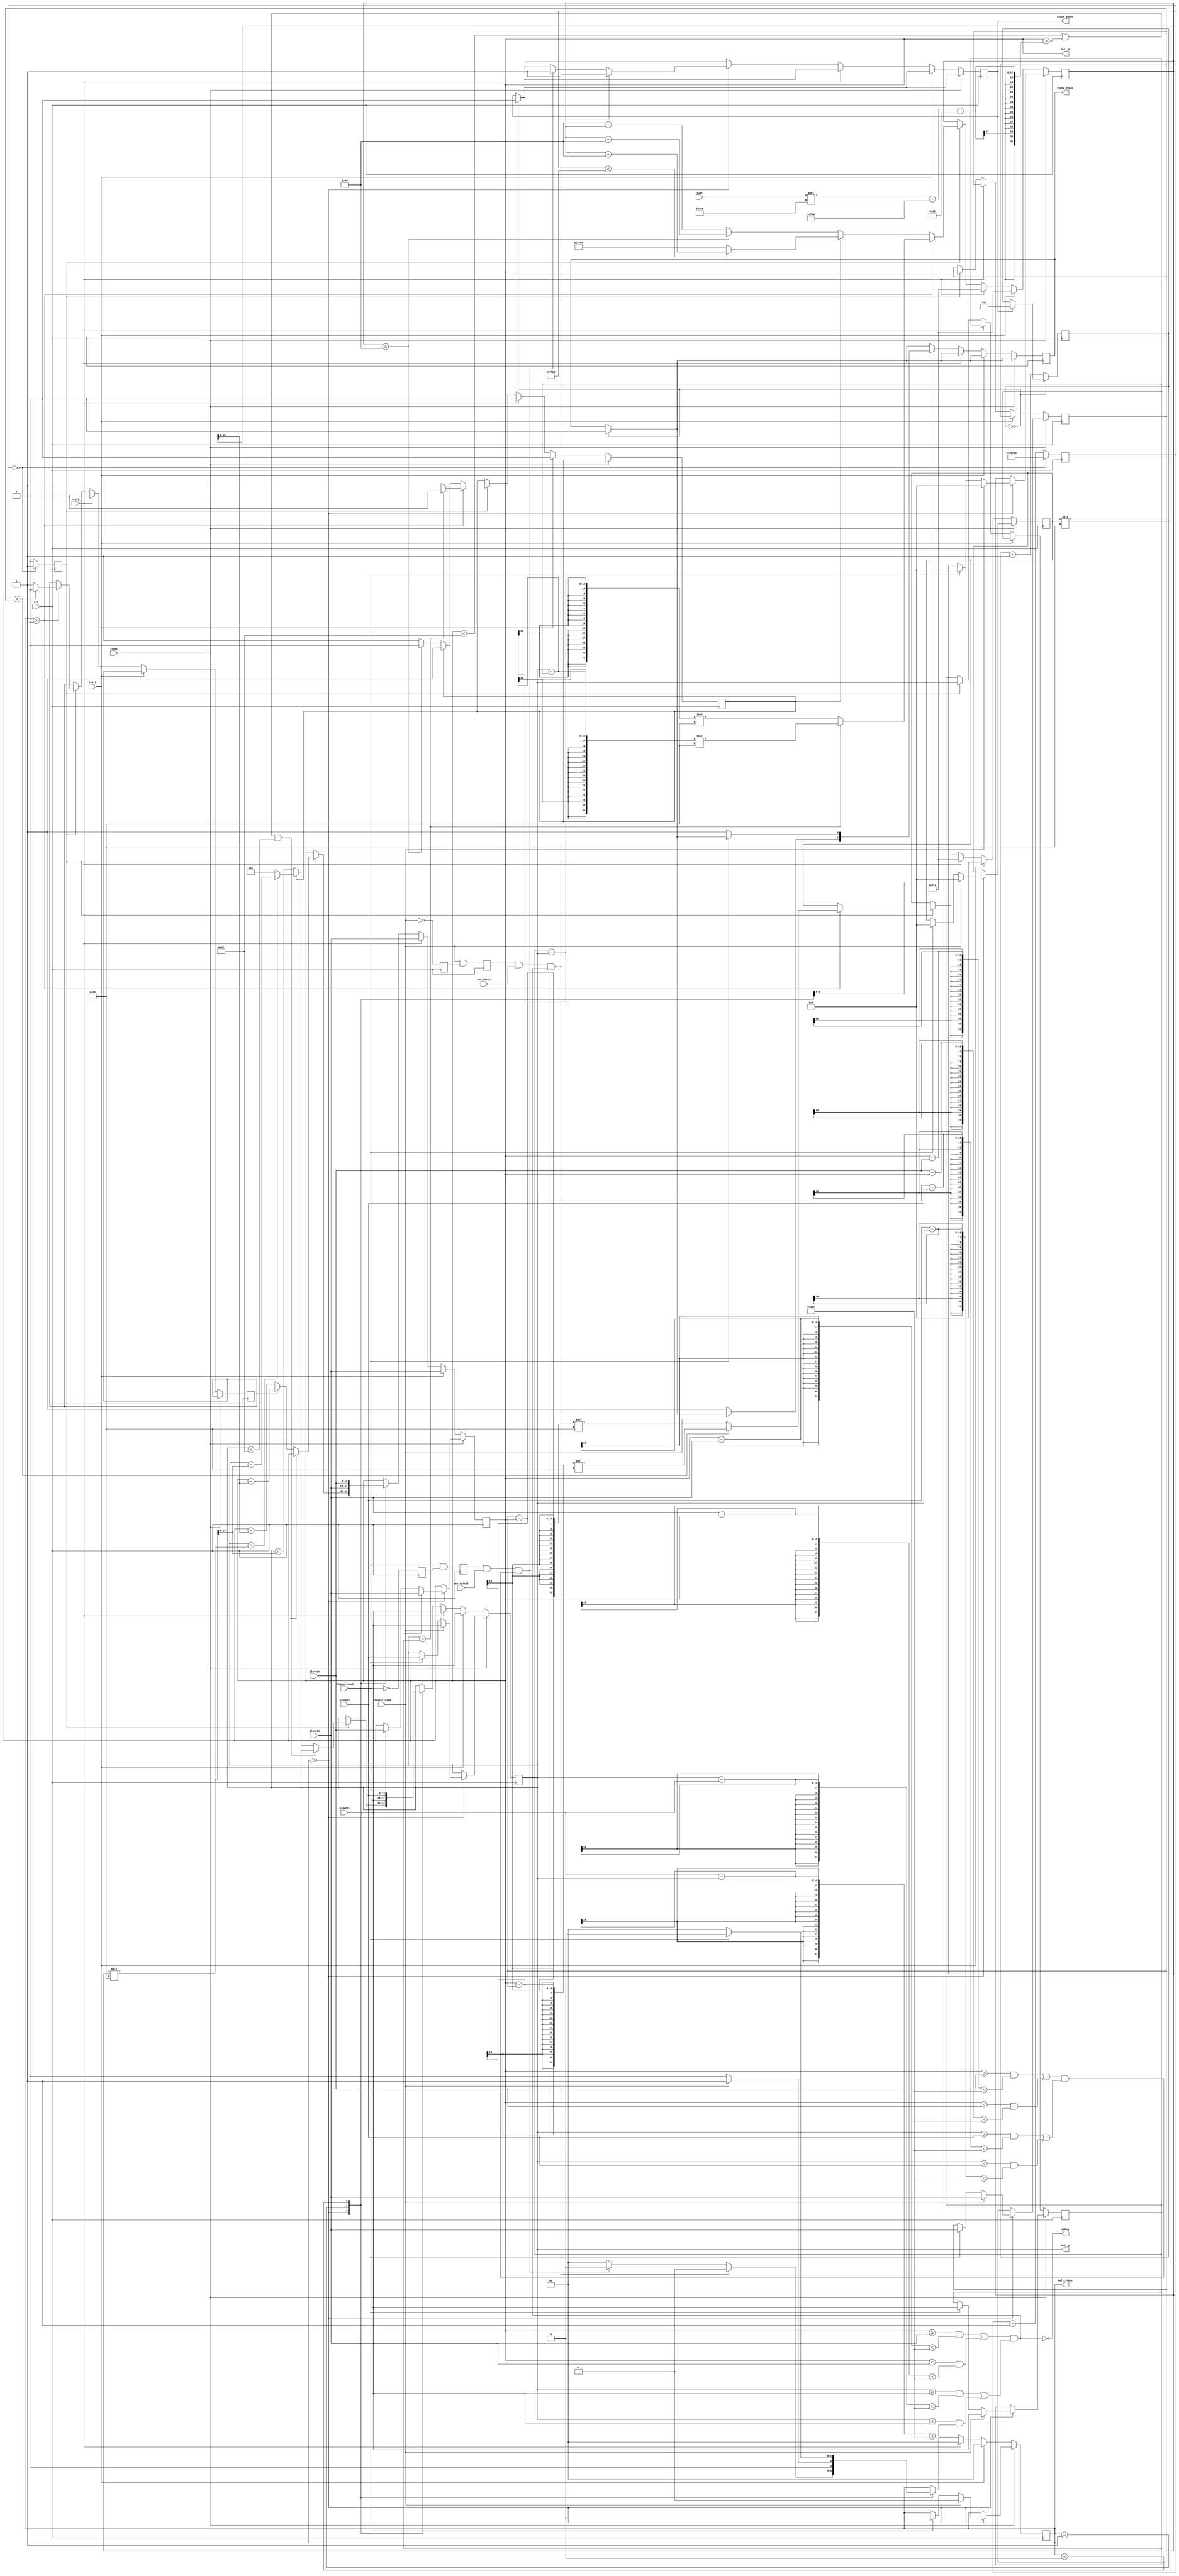
`timescale 1ns / 1ps
//////////////////////////////////////////////////////////////////////////////////
// Company: 
// Engineer: 
// 
// Design Name: 
// Module Name:    ballSM 
// Project Name: 
// Target Devices: 
// Tool versions: 
// Description: 
//
// Dependencies: 
//
// Revision: 
// Revision 0.01 - File Created
// Additional Comments: 
//
//////////////////////////////////////////////////////////////////////////////////
module ballSM(
    input clk,
    input reset,
    input[15:0] glove1x,
    input[15:0] glove1y,
    input[15:0] glove2x,
    input[15:0] glove2y,
    input glove1closed,
    input glove2closed,
	 input can_catch1,
	 input can_catch2,
	 input test0,
	 input test1,
	 input[5:0] dist,
	 output debug,
	 output reg catch_event,
	 output reg throw_event,
    output reg[1:0] ball_state,//0 if ball is in the air,
									 //1 if held by glove1, 2 if held by glove2
    output reg[15:0] ball_x,
	 output reg[15:0] ball_y
    );
	 
	 
	 
	 parameter updatesPerSec = 128;
	 parameter tolerance = 300; //within how many mms a catch can be made
	 parameter ballRadius = 50;
	 
	 //All distances in the inputs and outputs are in millimeters
	 
	 //Ball's velocity in millimeters/second
	 reg [15:0] ballvelx;
	 reg [15:0] ballvely;
	 reg ballvelxdir;//0 means right (positive x vel)
	 reg ballvelydir;//0 means up (positive y vel)
	 
	 
	 //This signal dictates when velocity and position are updated
	 reg update;
	 reg[18:0] update_counter;
	 
	 //These variables keep track of past positions of the ball to determine
	//	 its velocity
	 reg[15:0] pastposx;
	 reg[15:0] pastposy;
	 
	 //These keep track of whether the glove has recently been opened
	 reg glove1opened;
	 reg glove2opened;
	 reg glove1edge;
	 reg glove2edge;
	 
	 //These keep track of whether the ball is close enough to a glove to get caught
	 wire closeToGlove1;
	 wire closeToGlove2;
	 
	 
	 wire[15:0] mmdist;
	 
	 
	 //This keeps track of whether the ball is touching the floor or a wall
	 wire ballAtEdge; 
	 
		assign debug = ~closeToGlove1;
		assign mmdist = {10'b0,dist}*1000;
		 assign closeToGlove1 = 
			((ball_x >= glove1x && ball_x - glove1x < tolerance)
			|| (ball_x < glove1x && glove1x - ball_x < tolerance)) &&
			((ball_y >= glove1y && ball_y - glove1y < tolerance)
			|| (ball_y < glove1y && glove1y - ball_y < tolerance));
		 assign closeToGlove2 =
			((ball_x >= glove2x && ball_x - glove2x < tolerance)
			|| (ball_x < glove2x && glove2x - ball_x < tolerance)) &&
			((ball_y >= glove2y && ball_y - glove2y < tolerance)
			|| (ball_y < glove2y && glove2y - ball_y < tolerance));
		 assign ballAtEdge =
			(ball_x < ballRadius + 5) || (ball_x > mmdist + 4000 - ballRadius)
			|| (ball_y < ballRadius + 5);


		reg[3:0] trig_counter;
	 
	 always @(posedge clk) begin
		if (catch_event) trig_counter <= 3;
		//if (throw_event) trig_counter <= 3;
		if (trig_counter == 0) begin
			catch_event <= 0;
			throw_event <= 0;
		end else trig_counter <= trig_counter - 1;
		glove1opened <= ~glove1closed;
		glove2opened <= ~glove2closed;
		glove1edge <= glove1closed && glove1opened;
		glove2edge <= glove2closed && glove2opened;
		if (update_counter == 0) begin
			update <= 1;
			update_counter <= 507811;//128Hz must be same as updatesPerSec
		end else begin
			update <= 0;
			update_counter <= update_counter - 1;
		end
		//if reset is asserted and the ball is in the air, it appears
		//in one of the gloves if either of them is closed
		if (reset) begin
			if (ball_state == 0) begin
				if (glove1closed) begin
					ball_state <= 1;
					ball_x <= glove1x;
					pastposx <= glove1x;
					ball_y <= glove1y;
					pastposy <= glove1y;
					ballvelx <= 0;
					ballvely <= 0;
				end else if (glove2closed) begin
					ball_state <= 2;
					ball_x <= glove2x;
					pastposx <= glove1x;
					ball_y <= glove2y;
					pastposy <= glove1y;
					ballvelx <= 0;
					ballvely <= 0;
				end
			end
		end else if (test0) begin
			ball_state <= 0;
			ball_x <= glove1x;
			ball_y <= glove1y;
			ballvelx <= 0;
			ballvely <= 4000;
			ballvelydir <= 0;
		end else if (test1) begin
			ball_state <= 0;
			ball_x <= glove1x;
			ball_y <= glove1y;
			ballvelx <= 4000;
			ballvely <= 4000;
			ballvelxdir <= 0;
			ballvelydir <= 0;
		end else begin
			if (update) begin
				pastposx <= ball_x;
				pastposy <= ball_y;
				if (ball_state > 0) begin
					if (ball_x > pastposx)begin
						ballvelx <= (ball_x - pastposx)*updatesPerSec;
						ballvelxdir <= 0;
					end else begin
						ballvelx <= (pastposx - ball_x)*updatesPerSec;
						ballvelxdir <= 1;
					end
					if (ball_y > pastposy)begin
						ballvely <= (ball_y - pastposy)*updatesPerSec;
						ballvelydir <= 0;
					end else begin
						ballvely <= (pastposy - ball_y)*updatesPerSec;
						ballvelydir <= 1;
					end
				end else begin
					ballvelx <= ballvelx; //no air resistance
					if (ballvelydir == 0) begin
					//77 = g*DeltaT = 9806 mm/s^2 * (1/128 s)
						if (ballvely >= 77) ballvely <= ballvely - 77;
						else begin
							ballvelydir <= 1;
							ballvely <= 77 - ballvely;
						end
					end else begin
						if (ballvely <= 16'hFFFF - 16'd77) ballvely <= ballvely + 77;
						else ballvely <= 16'hFFFF;
					end
				end
			end
			case (ball_state)
				0: 
				begin
					if (update) begin
						if (ballAtEdge) begin
							ball_x <= ball_x;
							ball_y <= ball_y;
						end else begin
						//DeltaX = v*DeltaT
							if (~ballvelxdir) ball_x <= ball_x + (ballvelx / updatesPerSec);
							else ball_x <= ball_x - (ballvelx / updatesPerSec);
							if (~ballvelydir) ball_y <= ball_y + (ballvely / updatesPerSec);
							else begin
								if (ball_y > (ballvely / updatesPerSec)) ball_y <= ball_y - (ballvely / updatesPerSec);
								else ball_y <= 5;
							end
						end
					end
					if (glove1edge && can_catch1 && closeToGlove1) begin
						ball_state <= 1;
						catch_event <= 1;
					end else if (glove2edge && can_catch2 && closeToGlove2) begin
						ball_state <= 2;
						catch_event <= 1;
					end else ball_state <= 0;
				end
				1:
				begin
					ball_x <= glove1x;
					ball_y <= glove1y;
					if (glove1closed) ball_state <= 1;
					else begin
						ball_state <= 0;
						throw_event <= 1;
					end
				end
				2:
				begin
					ball_x <= glove2x;
					ball_y <= glove2y;
					if (glove2closed) ball_state <= 2;
					else begin
						ball_state <= 0;
						throw_event <= 1;
					end
				end
				default:
				begin
					ball_x <= ball_x;
					ball_y <= ball_y;
				end
			endcase
		end
	 end
	 
	 //for testing purposes
	 initial ball_state = 0;
	 initial ball_x = 16'd4000;
	 initial ball_y = 16'd2000;
	 initial ballvelx = 500;
	 initial ballvely = 3000;
	 initial ballvelxdir = 0;
	 initial ballvelydir = 0;


endmodule